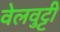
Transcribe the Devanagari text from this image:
वेलवुट्टी